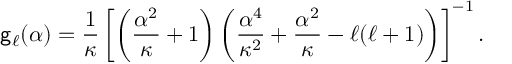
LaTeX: { \sf g } _ { \ell } ( { \alpha } ) = \frac { 1 } { \kappa } \left[ \left( { \frac { \alpha ^ { 2 } } { \kappa } + 1 } \right) \left( \frac { \alpha ^ { 4 } } { \kappa ^ { 2 } } + \frac { \alpha ^ { 2 } } { \kappa } - { \ell } ( { \ell } + 1 ) \right) \right] ^ { - 1 } .